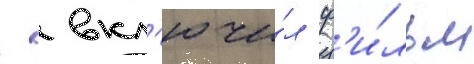
  вкл'ючи́л ф'и́льм